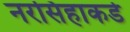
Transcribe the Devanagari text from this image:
नरसिहाकडे